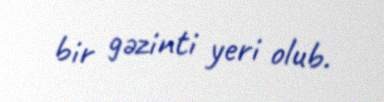
bir gəzinti yeri olub.